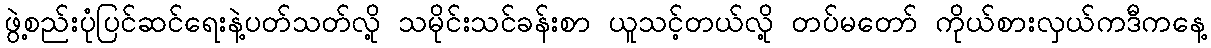
ဖွဲ့စည်းပုံပြင်ဆင်ရေးနဲ့ပတ်သတ်လို့ သမိုင်းသင်ခန်းစာ ယူသင့်တယ်လို့ တပ်မတော် ကိုယ်စားလှယ်ကဒီကနေ့